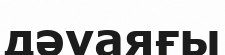
дәуаяғы